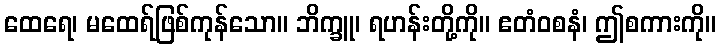
ထေရေ၊ မထေရ်ဖြစ်ကုန်သော။ ဘိက္ခူ၊ ရဟန်းတို့ကို။ ဧတံဝစနံ၊ ဤစကားကို။